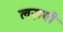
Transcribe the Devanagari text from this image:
लज़गी